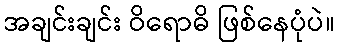
အချင်းချင်း ဝိရောဓိ ဖြစ်နေပုံပဲ။